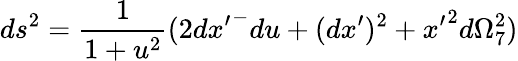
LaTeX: ds^{2}=\frac{1}{1+u^{2}}(2{dx^{\prime}}^{-}du+(dx^{\prime})^{2}+{x^{\prime}}^{2}d\Omega_{7}^{2})